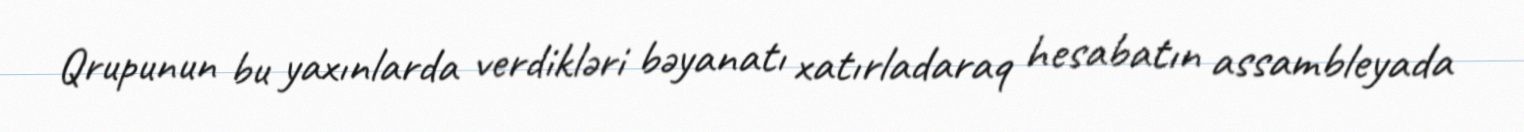
Qrupunun bu yaxınlarda verdikləri bəyanatı xatırladaraq hesabatın assambleyada